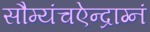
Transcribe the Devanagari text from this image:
सौम्यंचऐन्द्राग्नं